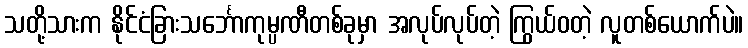
သတို့သားက နိုင်ငံခြားသင်္ဘောကုမ္ပဏီတစ်ခုမှာ အလုပ်လုပ်တဲ့ ကြွယ်ဝတဲ့ လူတစ်ယောက်ပဲ။